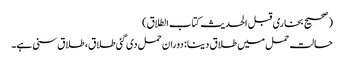
(صحیح بخاری قبل الحدیث کتاب الطلاق)
حالت حمل میں طلاق دینا: دوران حمل دی گئی طلاق، طلاق سنی ہے۔